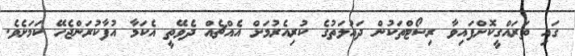
ގައި ތަރައްގީކޮށްފައިވާ ރިސޯޓްތަކުން ދައުލަތުގެ ކުރިއެރުމަށް އެއްޗެއް ދެވޭތީ އެކަމާ އުފާކުރަންޖެހޭ ކަމަށެވެ.